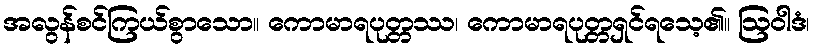
အလွန်စင်ကြယ်စွာသော။ ကောမာရပုတ္တဿ၊ ကောမာရပုတ္တရှင်ရသေ့၏။ ဩဝါဒံ၊